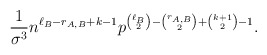
\begin{align*}\frac{1}{\sigma^3}n^{\ell_B-r_{A,B}+k-1}p^{\binom{\ell_B}{2}-\binom{r_{A,B}}{2}+\binom{k+1}{2}-1}.\end{align*}